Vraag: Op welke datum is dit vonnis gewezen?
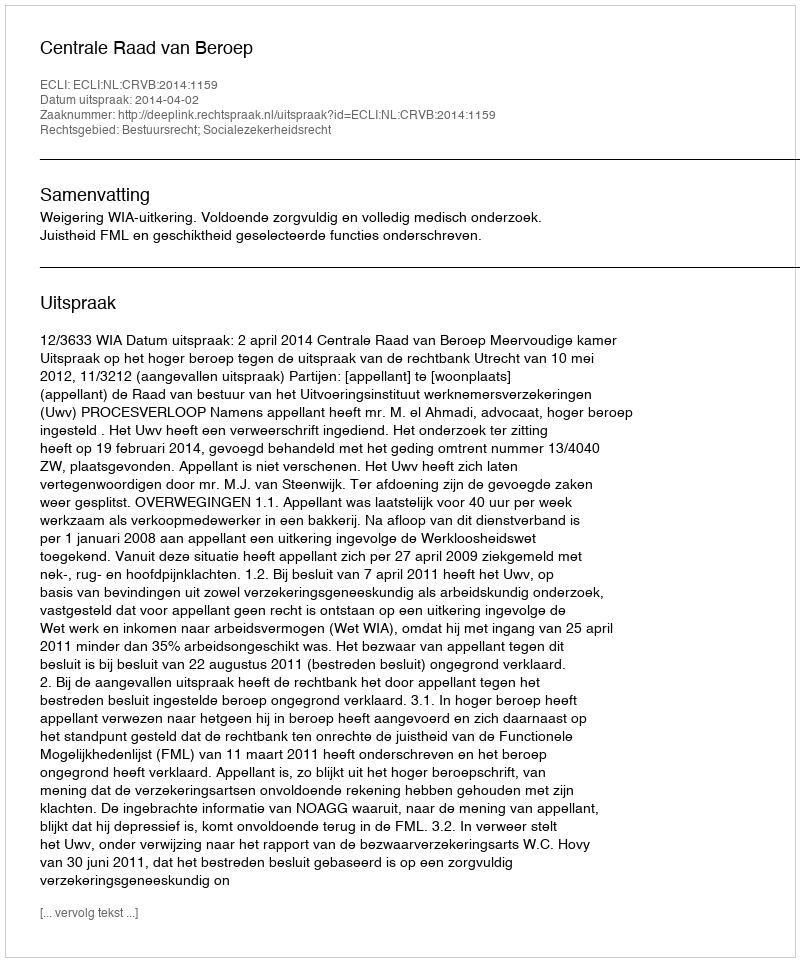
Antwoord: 2014-04-02